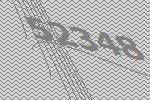
52348